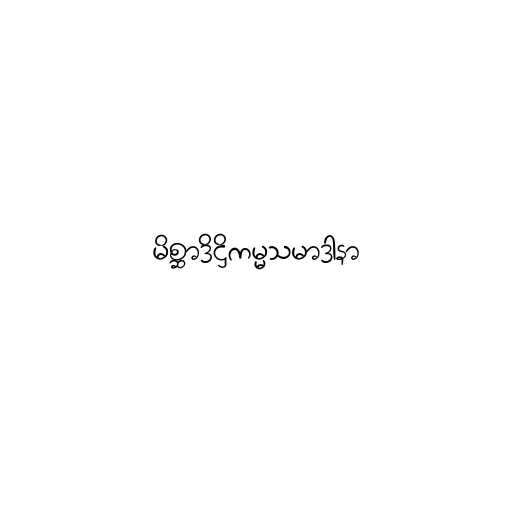
မိစ္ဆာဒိဋ္ဌိကမ္မသမာဒာနာ